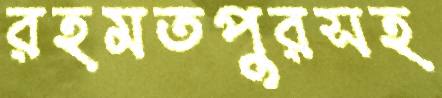
রহমতপুরসহ